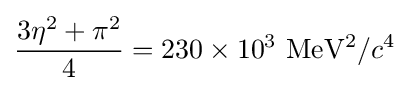
{\frac {3\eta ^{2}+\pi ^{2}}{4}}=230\times 10^{3}~\mathrm {MeV^{2}} /c^{4}